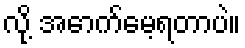
လို့ အောက်မေ့ရတာပဲ။